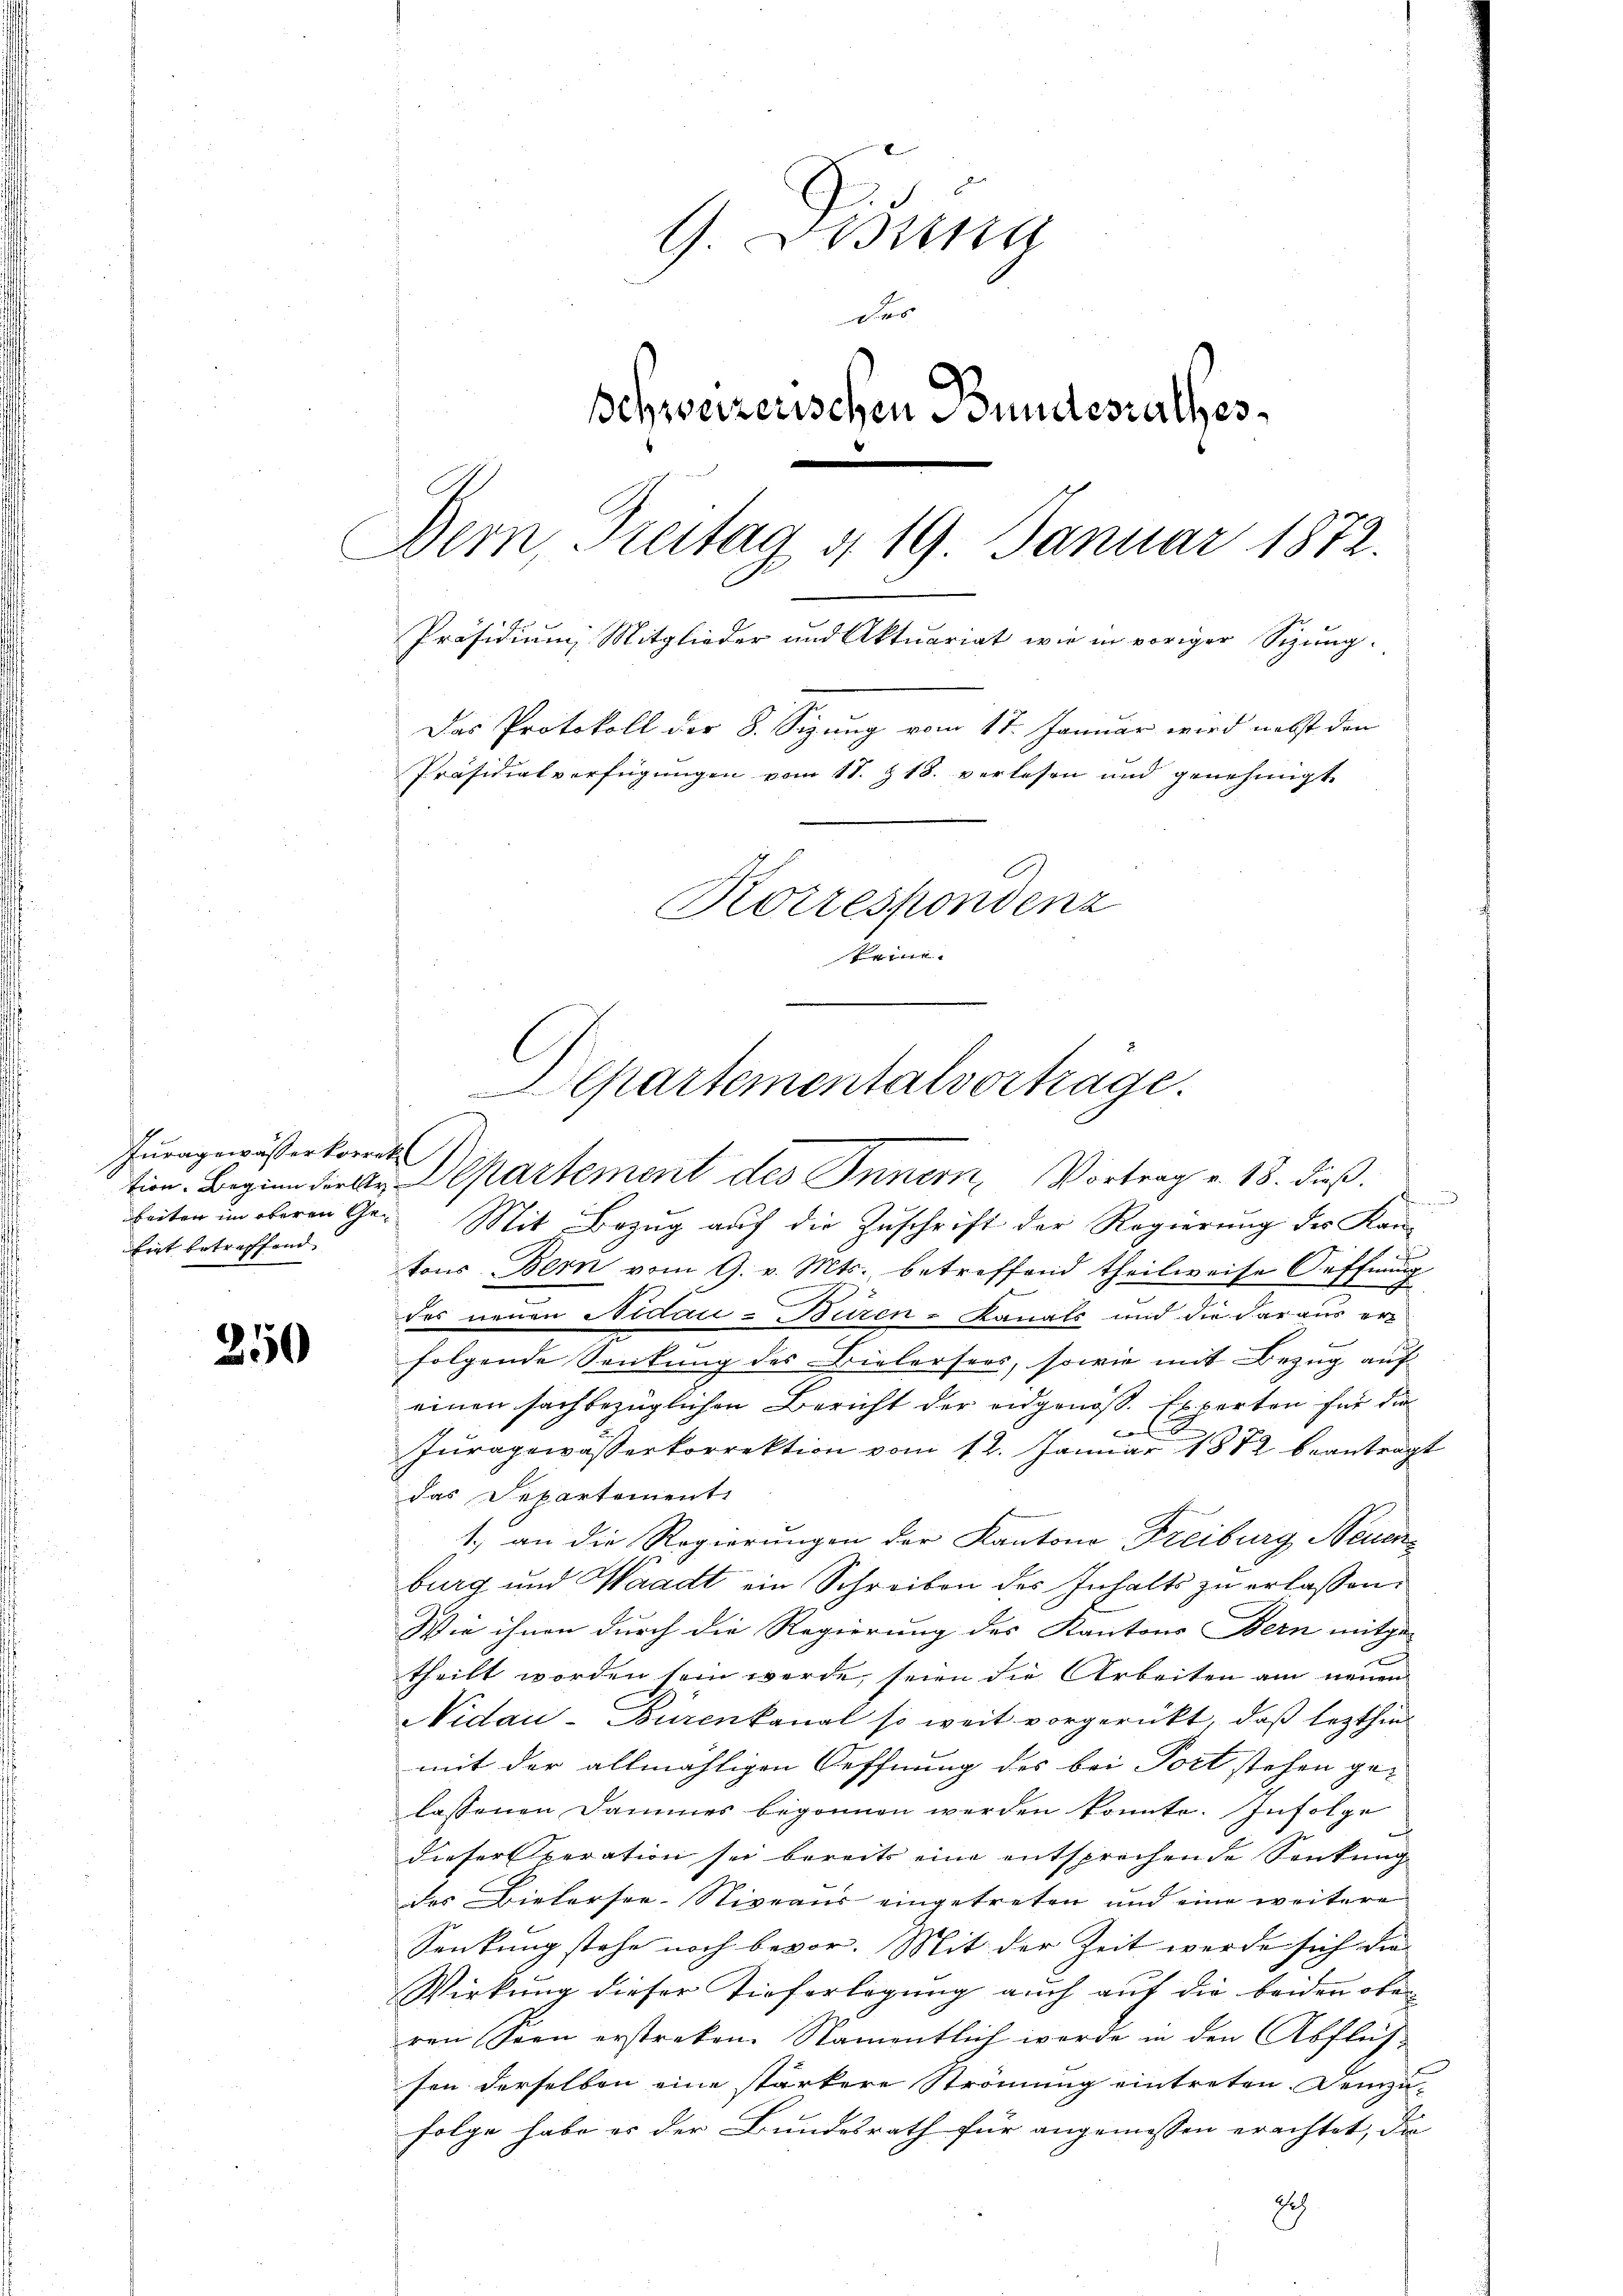
Juragewässerkorrek
firt betreffend

250

Brunn
der
Schweizerischen Bundesrathes
Bern, Freitag d. 19. Januar 1872.
Präsidium Mitglieder und Aktuariat wie in voriger Sizung.
Das Protokoll der 8. Sizung vom 17. Januar wird nebst den
Präsidialverfügungen vom 11. 18. verlesen und genehmigt
Korrespondenz
Brine

beiten im oberen Ge¬ Mit Bezug auf die Zuschrift der Regierung des Kantons Bern vom 9. v. Mts., betreffend theilweise Oeffnung
des neuen Nidau-Büren - Kanals und die daraus erfolgende Senkung des Bielersers, sowie mit Bezug auf
einen sachbezüglichen Bericht der eidgenoß. Experten für die
c
Juragewasserkorrektion vom 12. Januar 1882 beantragt
das Departement
1. an die Regierungen der Kantone Freiburg, Neuenburg und Waadt ein Schreiben des Inhalts zu erlassen.
Wie ihnen durch die Regierung des Kantons Bern mitge-
theilt worden sein werde, seien die Arbeiten am neuen
Nidau-Burenkanal so weit vorgerückt, daß lezthin
mit der allmähligen Oeffnung des bei Port stehen gelassenen Dammes begonnen werden konnte. Infolge
dieser peration sei bereits eine entsprechende Senkung
des Bielersee-Niveaus eingetreten und eine weitere
Senkung stehe noch bevor. Mit der Zeit werde sich die
Wirkung dieser Tieferlegung auch auf die beiden oben
ren Seen erstreken. Namentlich werde in den Abflüssen derselben eine stärkere Strömung eintreten. Demzu-
Folge habe es der Bundesrath für angemessen erachtet, die
E

C
Departementalvortrage.
tion. Beginn Firler Departement des Innern, Vortrag v. 18. dieß.